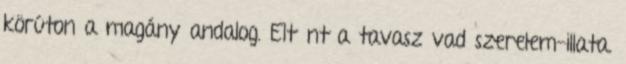
körúton a magány andalog. Eltűnt a tavasz vad szerelem-illata.